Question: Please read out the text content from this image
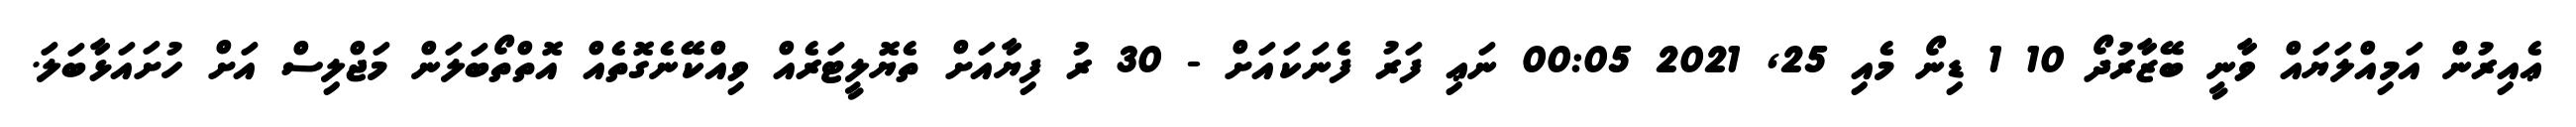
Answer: ޢެއިރުން އަމިއްލަޔައް ވާނީ ބޭޒާރުދޯ 10 1 ޑިނޯ މެއި 25, 2021 00:05 ނަޢި ފަރު ފެނަކައަށް - 30 ރު ފިޔާއަށް ތެޔޮލީޓަރެއް ވިއްކޭނެގޮތެއް އޮތްތޯބަލަން މަޖްލިސް އަށް ހުށައަޅާބަލަ.